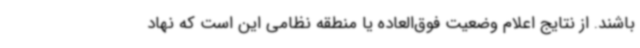
باشند. از نتایج اعلام وضعیت فوق‌العاده یا منطقه نظامی این است که نهاد